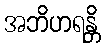
အဘိဟရန္တိ